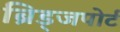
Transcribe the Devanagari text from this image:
ब्रिड्जपोर्ट